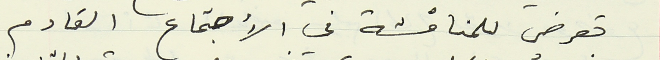
تعرض للمناقشة في الأجتماع القادم